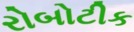
રોબોટીક